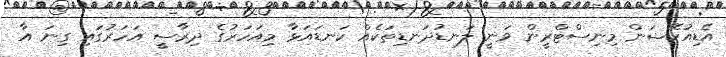
އެޑިއުކޭޝަން މިނިސްޓްރީން ވަނީ ލަނޑުދަނޑިތަކެއް ކަނޑައަޅާ މިއަހަރުގެ ދިރާސީ އަހަރުގައި ގިނަ އާ